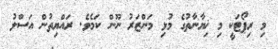
މި ރިޕޯޓަކީ މި ޚިޔާނާތުގެ މުޅި މަންޒަރު ނޫން ކަމެވެ. ރައްޔިތުން އަސްލު